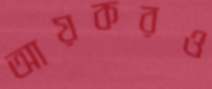
আয়করও